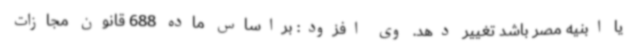
یا ابنیه مصر باشد تغییر دهد. وی افزود: براساس ماده 688 قانون مجازات